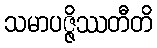
သမာပဇ္ဇိဿတီတိ